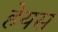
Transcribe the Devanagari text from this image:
हेयस